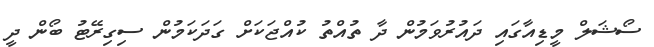
ސޯޝަލް މީޑިއާގައި ދައުރުވަމުން ދާ ތުއްތު ކުއްޖަކަށް ގަދަަކަމުން ސިގިރޭޓު ބޯން ދީ